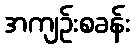
အကျဉ်းစခန်း